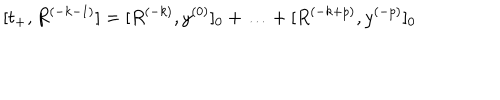
[ t _ { + } , R ^ { ( - k - 1 ) } ] = [ R ^ { ( - k ) } , y ^ { ( 0 ) } ] _ { 0 } + \ldots + [ R ^ { ( - k + p ) } , y ^ { ( - p ) } ] _ { 0 }